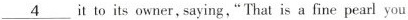
\underline{4} it to its owner, saying,“That is a fine pearl you